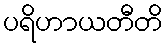
ပရိဟာယတီတိ